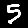
Digit: 5